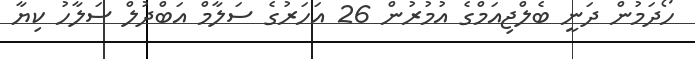
ހޯދަމުން ދަނީ ބެލްޖިއަމްގެ އުމުރުން 26 އަހަރުގެ ސަލާމް އަބްދުލް ސަލާހު ކިޔާ